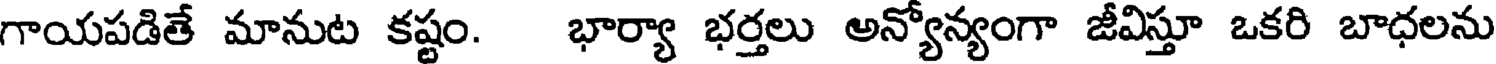
గాయపడితే మానుట కష్టం. భార్యా భర్తలు అన్యోన్యంగా జీవిస్తూ ఒకరి బాధలను